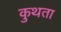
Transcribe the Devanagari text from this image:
कुथता